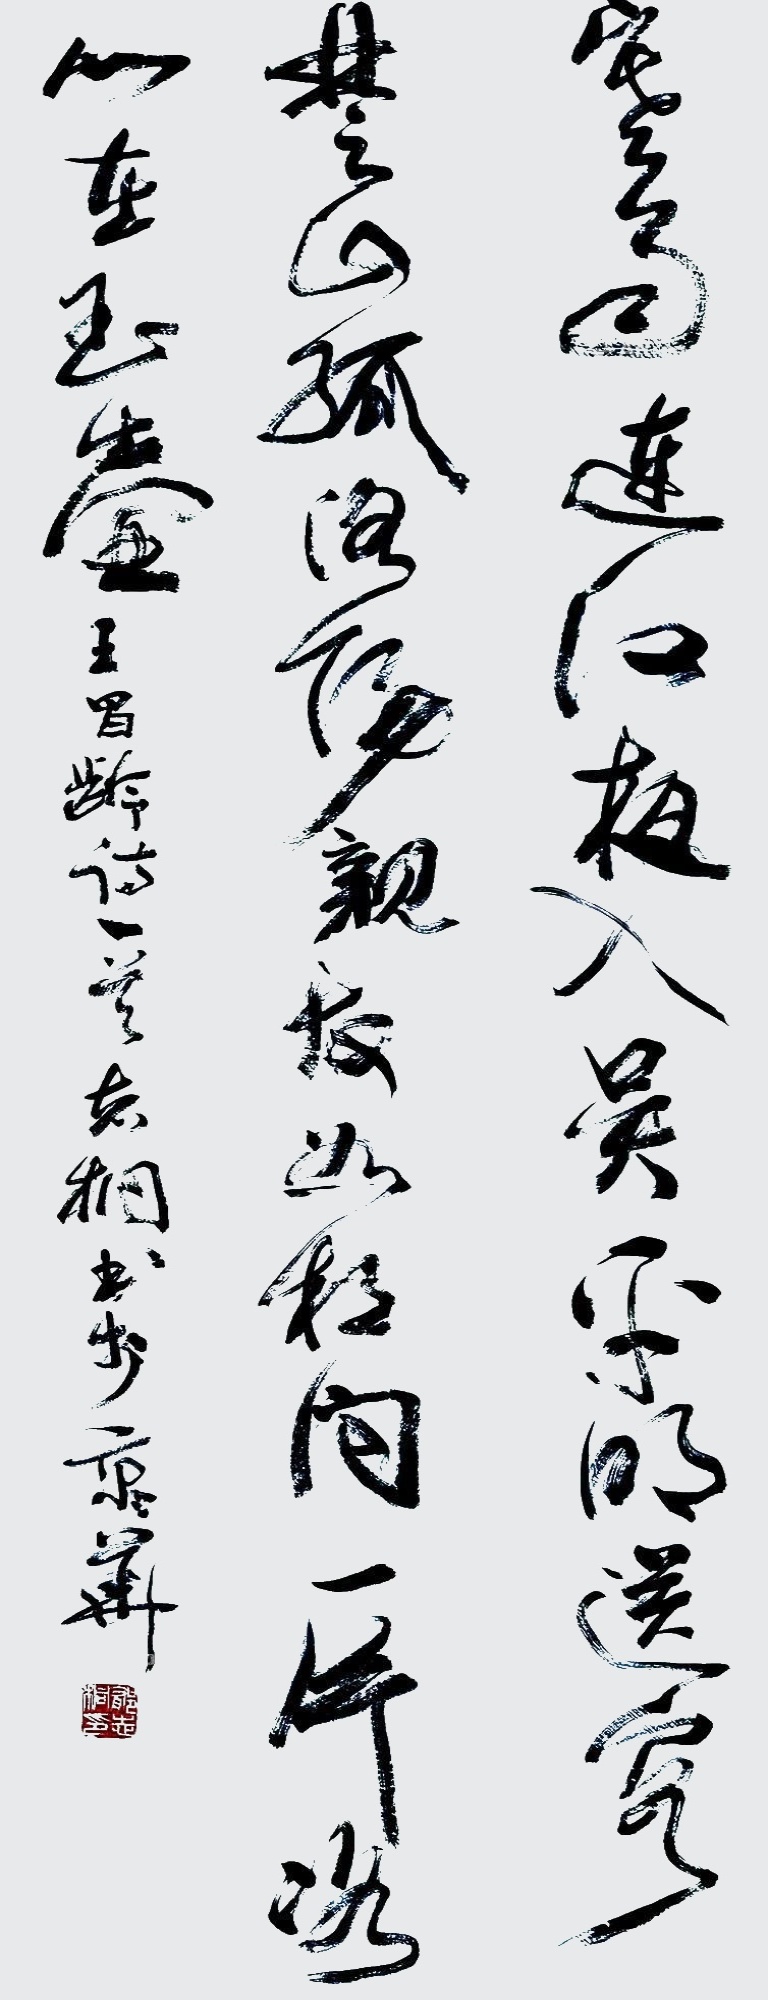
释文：寒雨连江夜入吴，平明送客楚山孤。洛阳亲友如相问，一片冰心在玉壶。郁志桐2014年作